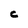
Character: C